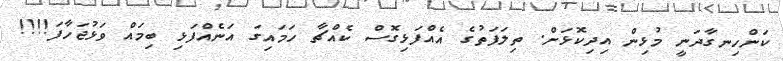
ކަންހިނގާދަނީ މުޅިން އިދިކޮޅަށް. ތިލަފަތުގެ އެއްފަޅިގޮސް ކެއްޗާ ހަމައިގަ އަނެއްފަޅި ބިމައް ވަޅުޖަހާފަ!!!!